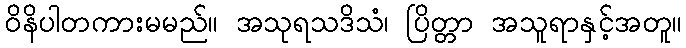
ဝိနိပါတကားမမည်။ အသုရသဒိသံ၊ ပြိတ္တာ အသူရာနှင့်အတူ။